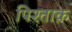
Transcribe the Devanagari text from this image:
पिश्ताक़